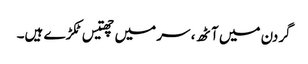
گردن میں آٹھ، سر میں چھتیس ٹکڑے ہیں۔